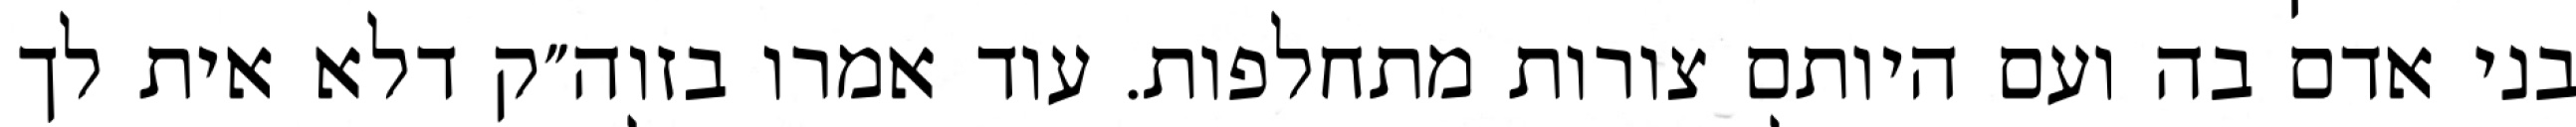
בני אדם בה ועם היותם צורות מתחלפות. עוד אמרו בזוה״ק דלא אית לך